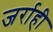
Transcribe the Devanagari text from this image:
जर्राही